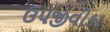
ઉપજીવીકા